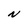
Character: N